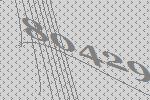
80429